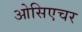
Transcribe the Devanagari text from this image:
ओसिएचर